Annual administration and progress report of the Indian Medical Department, Bombay
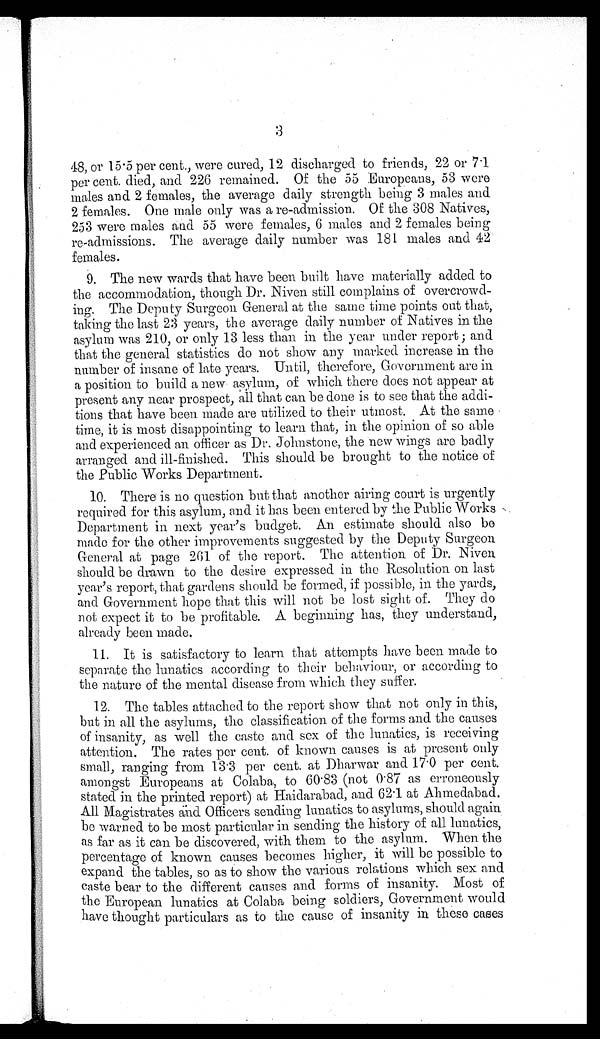
48, or 15·5 per cent., were cured, 12 discharged to friends, 22 or 7·1
per cent. died, and 226 remained. Of the 55 Europeans, 53 were
males and 2 females, the average daily strength being 3 males and
2 females. One male only was a re-admission. Of the 308 Natives,
253 were males and 55 were females, 6 males and 2 females being
re-admissions. The average daily number was 181 males and 42
females.
9. The new wards that have been built have materially added to
the accommodation, though Dr. Niven still complains of overcrowd
-ing. The Deputy Surgeon General at the same time points out that,
taking the last 23 years, the average daily number of Natives in the
asylum was 210, or only 13 less than in the year under report; and
that the general statistics do not show any marked increase in the
number of insane of late years. Until, therefore, Government are in
a position to build a new asylum, of which there does not appear at
present any near prospect, all that can be done is to see that the addi
-tions that have been made are utilized to their utmost. At the same
time, it is most disappointing to learn that, in the opinion of so able
and experienced an officer as Dr. Johnstone, the new wings are badly
arranged and ill-finished. This should be brought to the notice of
the Public Works Department
.
10. There is no question but that another airing court is urgently
required for this asylum, and it has been entered by the Public Works
Department in next year's budget. An estimate should also be
made for the other improvements suggested by the Deputy Surgeon
General at page 261 of the report. The attention of Dr. Nive
n should be drawn to the desire expressed in the Resolution on last
year's report, that gardens should be formed, if possible, in the yards,
and Government hope that this will not be lost sight of. They do
not expect it to be profitable. A beginning has, they understand,
already been made.
11. It is satisfactory to learn that attempts have been made to
separate the lunatics according to their behaviour, or according to
the nature of the mental disease from which they suffer.
12. The tables attached to the report show that not only in this,
but in all the asylums, the classification of the forms and the causes
of insanity, as well the caste and sex of the lunatics, is receiving
attention. The rates per cent. of known causes is at present only
small, ranging from 13·3 per cent. at Dharwar and 17·0 per cent.
amongst Europeans at Colaba, to 60·83 (not 0·87 as erroneously
stated in the printed report) at Haidarabad, and 62·1 at Ahmedabad.
All Magistrates and Officers sending lunatics to asylums, should again
be warned to be most particular in sending the history of all lunatics,
as far as it can be discovered, with them to the asylum. When the
percentage of known causes becomes higher, it will be possible to
expand the tables, so as to show the various relations which sex and
caste bear to the different causes and forms of insanity. Most of
the European lunatics at Colaba being soldiers, Government would
have thought particulars as to the cause of insanity in these cases